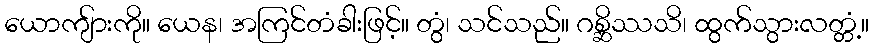
ယောကျ်ားကို။ ယေန၊ အကြင်တံခါးဖြင့်။ တွံ၊ သင်သည်။ ဂစ္ဆိဿသိ၊ ထွက်သွားလတ္တံ့။